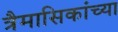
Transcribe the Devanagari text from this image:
त्रैमासिकांच्या